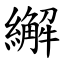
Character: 繲